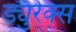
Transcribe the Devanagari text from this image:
ड्युरेक्स